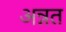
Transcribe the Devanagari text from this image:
अन्नत